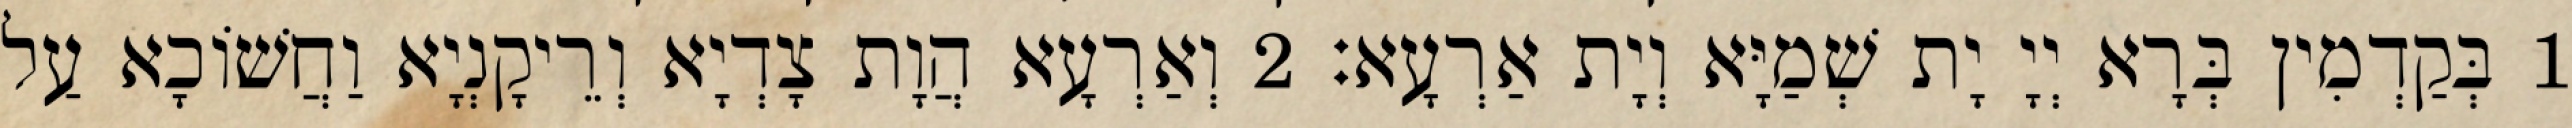
1 בְּקַדְמִין בְּרָא יְיָ יָת שְׁמַיָּא וְיָת אַרְעָא׃ 2 וְאַרְעָא הֲוָת צָדְיָא וְרֵיקָנְיָא וַחֲשׁוֹכָא עַל